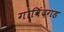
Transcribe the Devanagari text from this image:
गोविंदगड